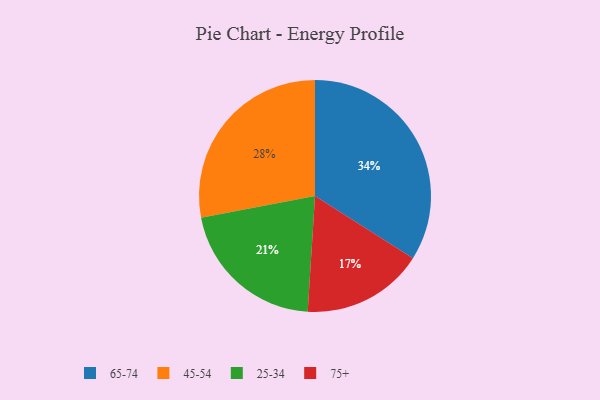
{"axis": {"x": "Category", "y": "Percentage"}, "legend": ["25-34", "45-54", "65-74", "75+"], "data": [{"x": "45-54", "y": 28, "type": "45-54"}, {"x": "75+", "y": 17, "type": "75+"}, {"x": "25-34", "y": 21, "type": "25-34"}, {"x": "65-74", "y": 34, "type": "65-74"}]}